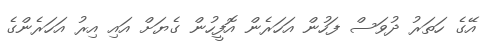
އޭގެ ހަތަރު ދުވަސް ފަހުން އަހަރެން އޮފީހުން ގެޔަށް އައި އިރު އަހަރެންގެ